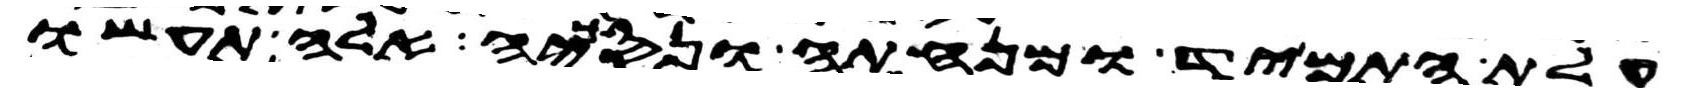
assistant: עלת התמיד ומנחתה ונסכיה אלה תעשו